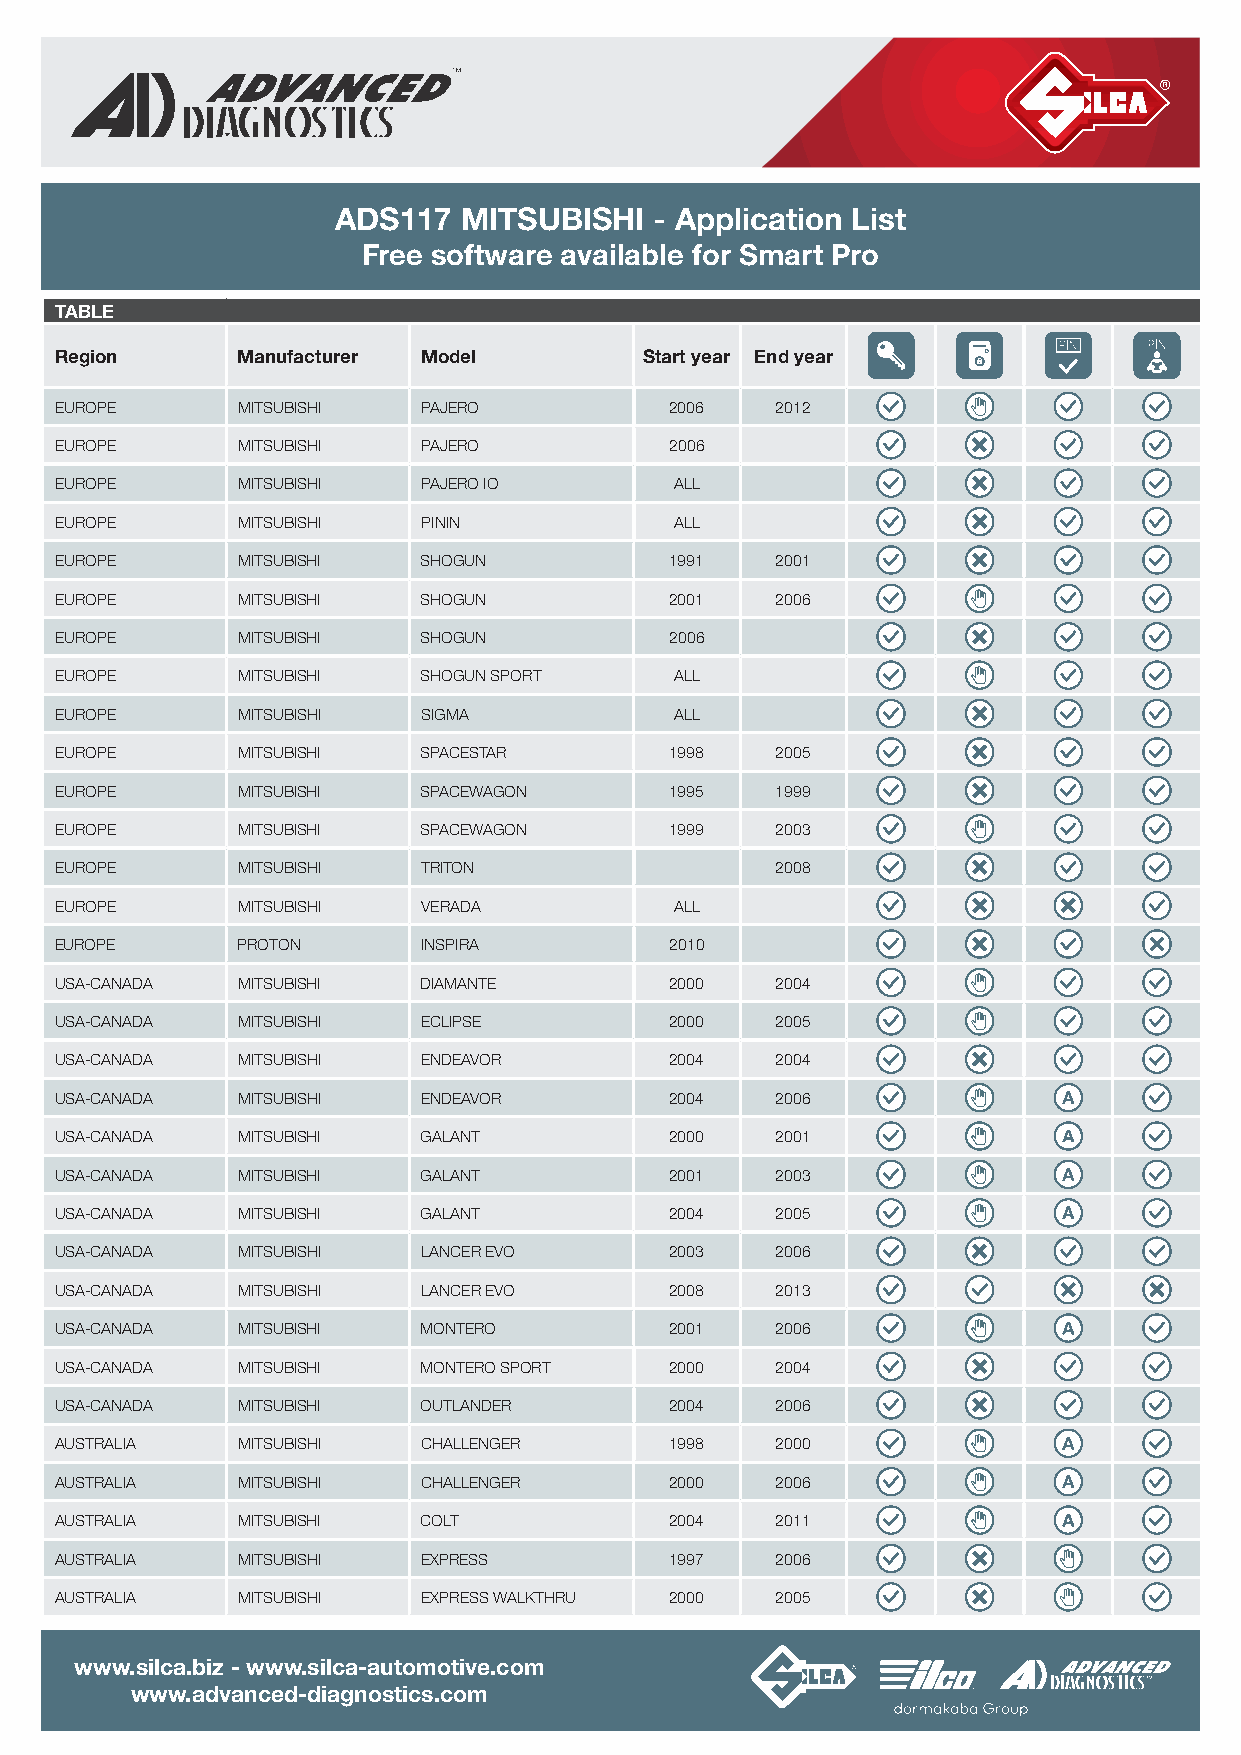
ADS117  MITSUBISHI   - Application List
 Free software available for Smart Pro
 TABLE
 Region      Manufacturer Model         Start year End year
 EUROPE      MITSUBISHI  PAJERO          2006   2012
 EUROPE      MITSUBISHI  PAJERO          2006
 EUROPE      MITSUBISHI  PAJERO IO        ALL
 EUROPE      MITSUBISHI  PININ            ALL
 EUROPE      MITSUBISHI  SHOGUN          1991   2001
 EUROPE      MITSUBISHI  SHOGUN          2001   2006
 EUROPE      MITSUBISHI  SHOGUN          2006
 EUROPE      MITSUBISHI  SHOGUN SPORT     ALL
 EUROPE      MITSUBISHI  SIGMA            ALL
 EUROPE      MITSUBISHI  SPACESTAR       1998   2005
 EUROPE      MITSUBISHI  SPACEWAGON      1995   1999
 EUROPE      MITSUBISHI  SPACEWAGON      1999   2003
 EUROPE      MITSUBISHI  TRITON                 2008
 EUROPE      MITSUBISHI  VERADA           ALL
 EUROPE      PROTON      INSPIRA         2010
 USA -CANADA MITSUBISHI  DIAMANTE        2000   2004
 USA -CANADA MITSUBISHI  ECLIPSE         2000   2005
 USA -CANADA MITSUBISHI  ENDEAVOR        2004   2004
 USA -CANADA MITSUBISHI  ENDEAVOR        2004   2006
 USA -CANADA MITSUBISHI  GALANT          2000   2001
 USA -CANADA MITSUBISHI  GALANT          2001   2003
 USA -CANADA MITSUBISHI  GALANT          2004   2005
 USA -CANADA MITSUBISHI  LANCER EVO      2003   2006
 USA -CANADA MITSUBISHI  LANCER EVO      2008   2013
 USA -CANADA MITSUBISHI  MONTERO         2001   2006
 USA -CANADA MITSUBISHI  MONTERO SPORT   2000   2004
 USA -CANADA MITSUBISHI  OUTLANDER       2004   2006
 AUSTRALIA   MITSUBISHI  CHALLENGER      1998   2000
 AUSTRALIA   MITSUBISHI  CHALLENGER      2000   2006
 AUSTRALIA   MITSUBISHI  COLT            2004   2011
 AUSTRALIA   MITSUBISHI  EXPRESS         1997   2006
 AUSTRALIA   MITSUBISHI  EXPRESS WALK THRU 2000 2005
 www.silca.biz - www.silca-automotive.com
 www.advanced-diagnostics.com